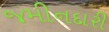
જમીનદારી